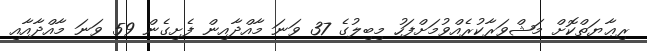
ރިޢާޔަތްކޮށް މަޝްވަރާކުރެއްވުމަށްފަހު މިބިލުގެ 37 ވަނަ މާއްދާއިން ފެށިގެން 59 ވަނަ މާއްދާއާއި